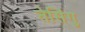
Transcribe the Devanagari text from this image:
तेसिंगु